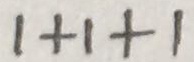
1 + 1 + 1